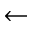
\gets